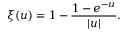
\xi ( u ) = 1 - \frac { 1 - e ^ { - u } } { | u | } .